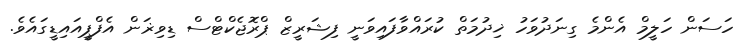
ހަސަން ހަލީމް އެންމެ ގިނަދުވަހު ޚިދުމަތް ކުރައްވާފައިވަނީ ފިޝަރީޒް ޕްރޮޖެކްޓްސް ޑިވިޜަން އެފްޕީއައިޑީގައެވެ.